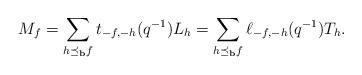
LaTeX: \begin{align*} M_f=\sum_{h\preceq_{\bf b}f}t_{-f,-h}(q^{-1})L_h = \sum_{h\preceq_{\bf b}f}\ell_{-f,-h}(q^{-1})T_h.\end{align*}